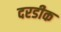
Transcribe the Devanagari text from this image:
दरडीक